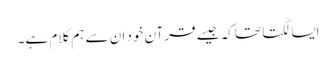
ایسا لگتا تھا کہ جیسے قرآن خود ان سے ہم کلام ہے۔